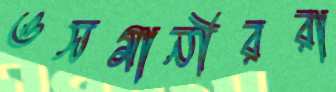
ওসমানীররা